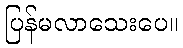
ပြန်မလာသေးပေ။